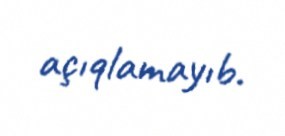
açıqlamayıb.